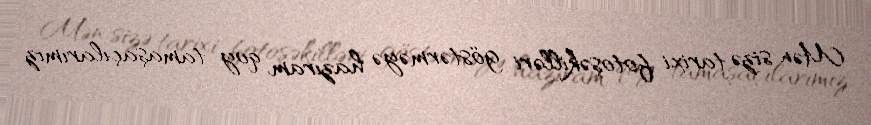
Mən sizə tarixi fotoşəkilləri göstərməyə hazıram, qoy tamaşaçılarımız